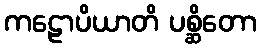
ကဠောပိယာတိ ပစ္ဆိတော